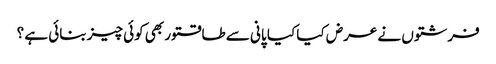
فرشتوں نے عرض کیا کیا پانی سے طاقتور بھی کوئی چیز بنائی ہے ؟